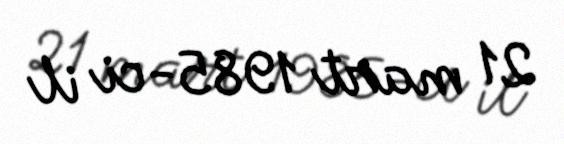
21 mart 1985-ci il